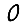
Digit: 0